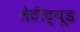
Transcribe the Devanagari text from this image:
लेटीट्यूड